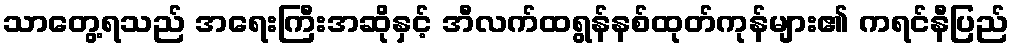
သာတွေ့ရသည် အရေးကြီးအဆိုနှင့် အီလက်ထရွန်နစ်ထုတ်ကုန်များ၏ ကရင်နီပြည်